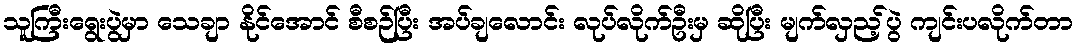
သူကြီးရွေးပွဲမှာ သေချာ နိုင်အောင် စီစဉ်ပြီး အပ်ချလောင်း လုပ်လိုက်ဦးမှ ဆိုပြီး မျက်လှည့်ပွဲ ကျင်းပလိုက်တာ